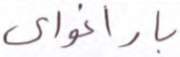
باراغواي